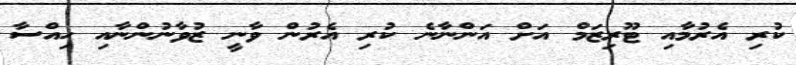
ކުރި އެރުމާއި ޓޫރިޒަމް އަށް އަންނާނެ ކުރި އެރުން ވާނީ ޒުވާނުންނާއި ހިއްސާ